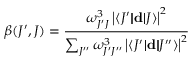
\beta ( J ^ { \prime } , J ) = \frac { \omega _ { J ^ { \prime } J } ^ { 3 } \left| \langle J ^ { \prime } | \! | \mathbf { d } | \! | J \rangle \right| ^ { 2 } } { \sum _ { J ^ { \prime \prime } } \omega _ { J ^ { \prime } J ^ { \prime \prime } } ^ { 3 } \left| \langle J ^ { \prime } | \! | \mathbf { d } | \! | J ^ { \prime \prime } \rangle \right| ^ { 2 } }